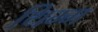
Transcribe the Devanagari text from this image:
थिम्म